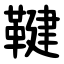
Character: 鞬